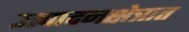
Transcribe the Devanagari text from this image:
उत्पादनक्षेत्रात